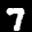
Label: 7